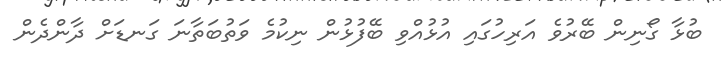
ބުޅާ ގޯނިން ބޭރުވެ އަރިހުގައި އުޅުއްވި ބޭފުޅުން ނިކުމެ ވަތުބަތާނަ ގަނޑަށް ދާންދެން